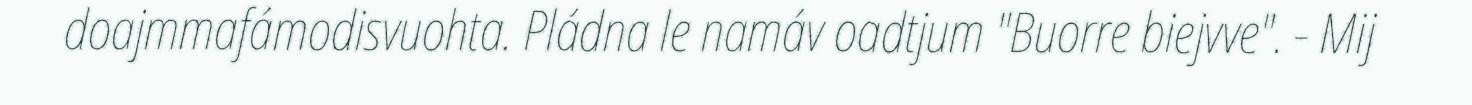
doajmmafámodisvuohta. Pládna le namáv oadtjum "Buorre biejvve". - Mij